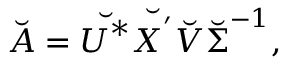
\Breve { \boldsymbol { A } } = \Breve { \boldsymbol { U } ^ { * } } \Breve { \boldsymbol { X } ^ { ' } } \Breve { \boldsymbol { V } } \Breve { \boldsymbol { \Sigma } } ^ { - 1 } ,